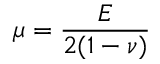
\mu = \frac { E } { 2 ( 1 - \nu ) }